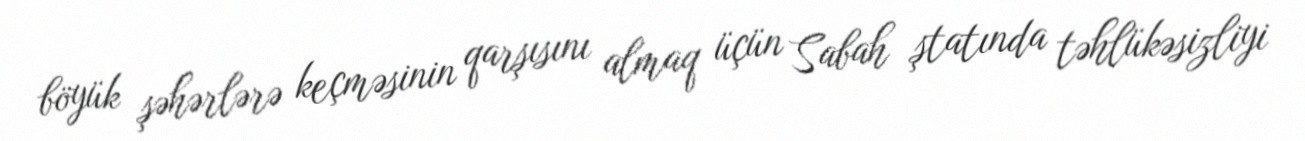
böyük şəhərlərə keçməsinin qarşısını almaq üçün Sabah ştatında təhlükəsizliyi